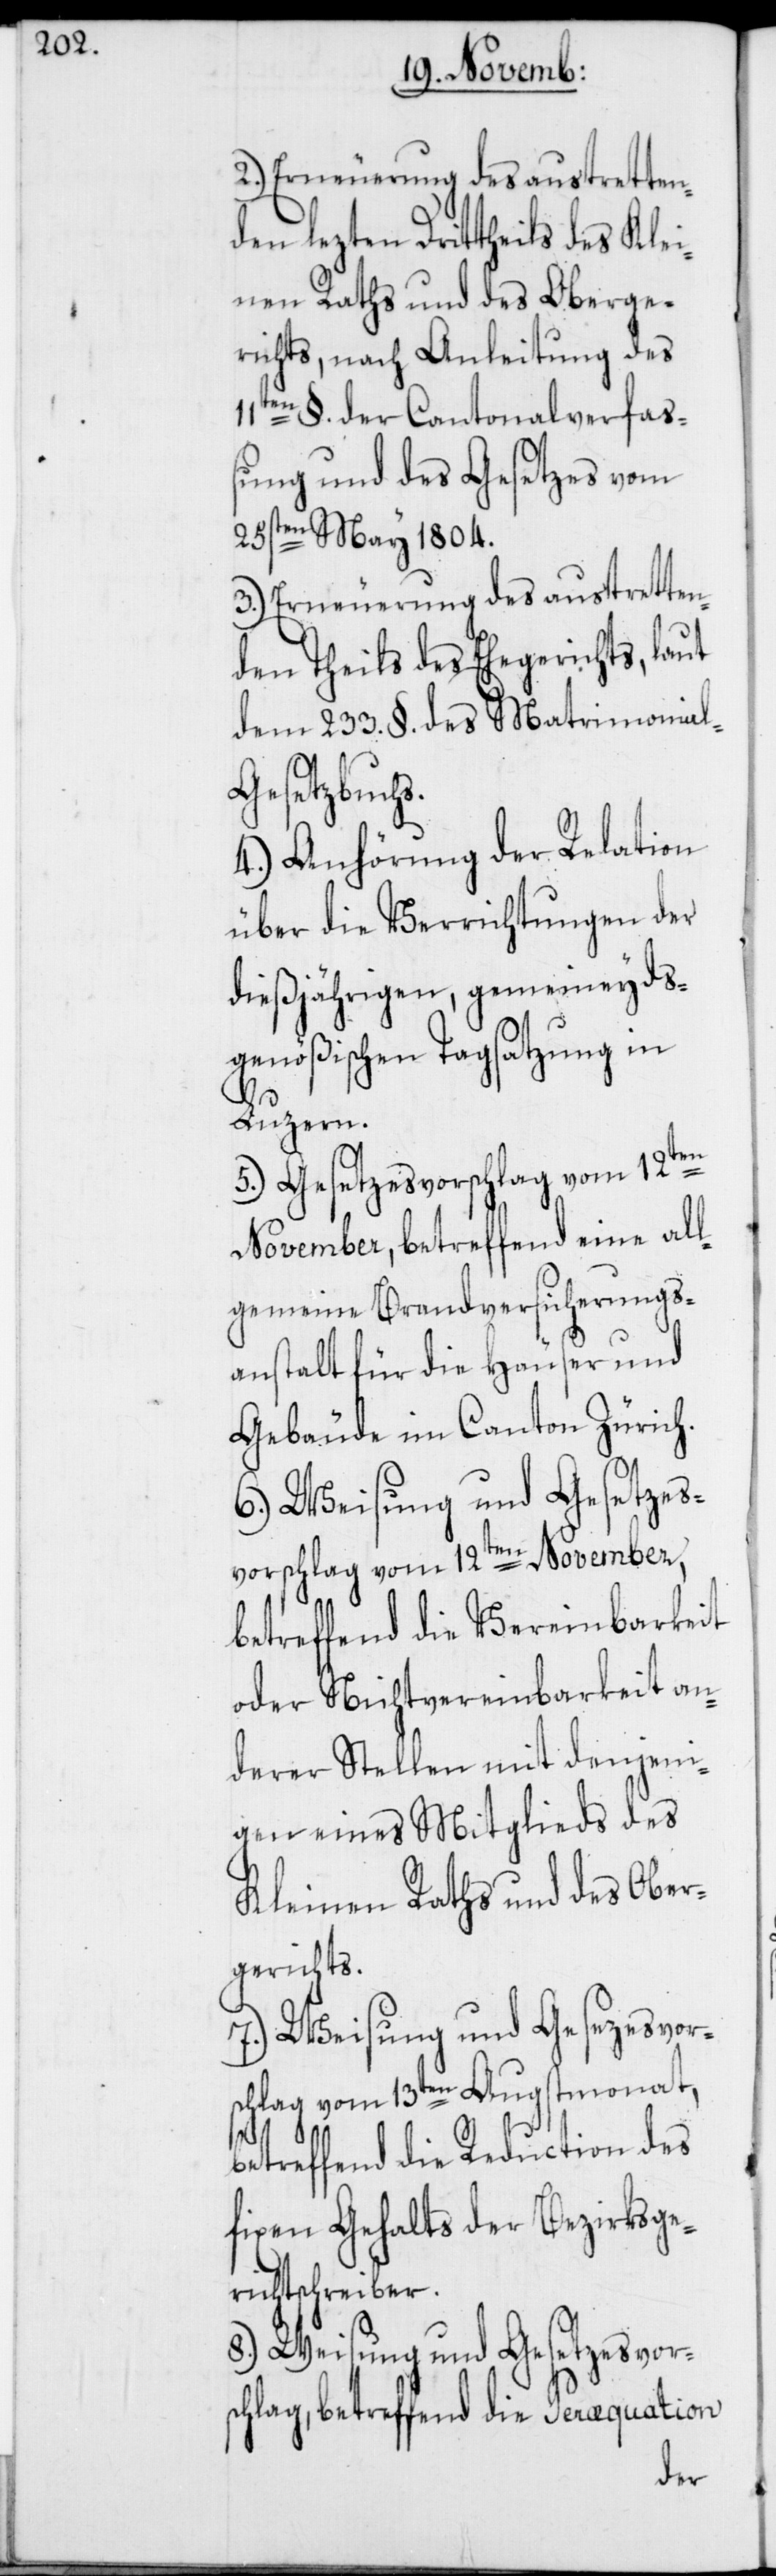
2.) Erneuerung des austretten¬
den lezten Drittheils des Klei¬
nen Raths und des Oberge¬
richts, nach Anleitung des
11ten §. der Cantonalverfaß¬
ung und des Gesetzes vom
25sten May 1804.
3.) Erneuerung des austretten¬
den Theils des Ehegerichts, laut
dem 233. §. des Matrimonial-G¬
esetzbuchs.
4.) Anhörung der Relation
über die Verrichtungen der
dießjährigen, gemeineyds¬
genößischen Tagsatzung in
Luzern.
5.) Gesetzesvorschlag vom 12ten
November, betreffend eine al¬
lgemeine Brandversicherungs¬
anstalt für die Häuser und
Gebäude im Canton Zürich.
6.) Weisung und Gesetzes¬
vorschlag vom 12ten November,
betreffend die Vereinbarkeit
oder Nichtvereinbarkeit an¬
derer Stellen mit denjeni¬
gen eines Mitglieds des
Kleinen Raths und des Ober¬
gerichts.
7.) Weisung und Gesezesvor¬
schlag vom 13ten Augstmonat,
betreffend die Reduction des
fixen Gehalts der Bezirksge¬
richtschreiber.
8.) Weisung und Gesetzesvors¬
chlag, betreffend die Peræquation